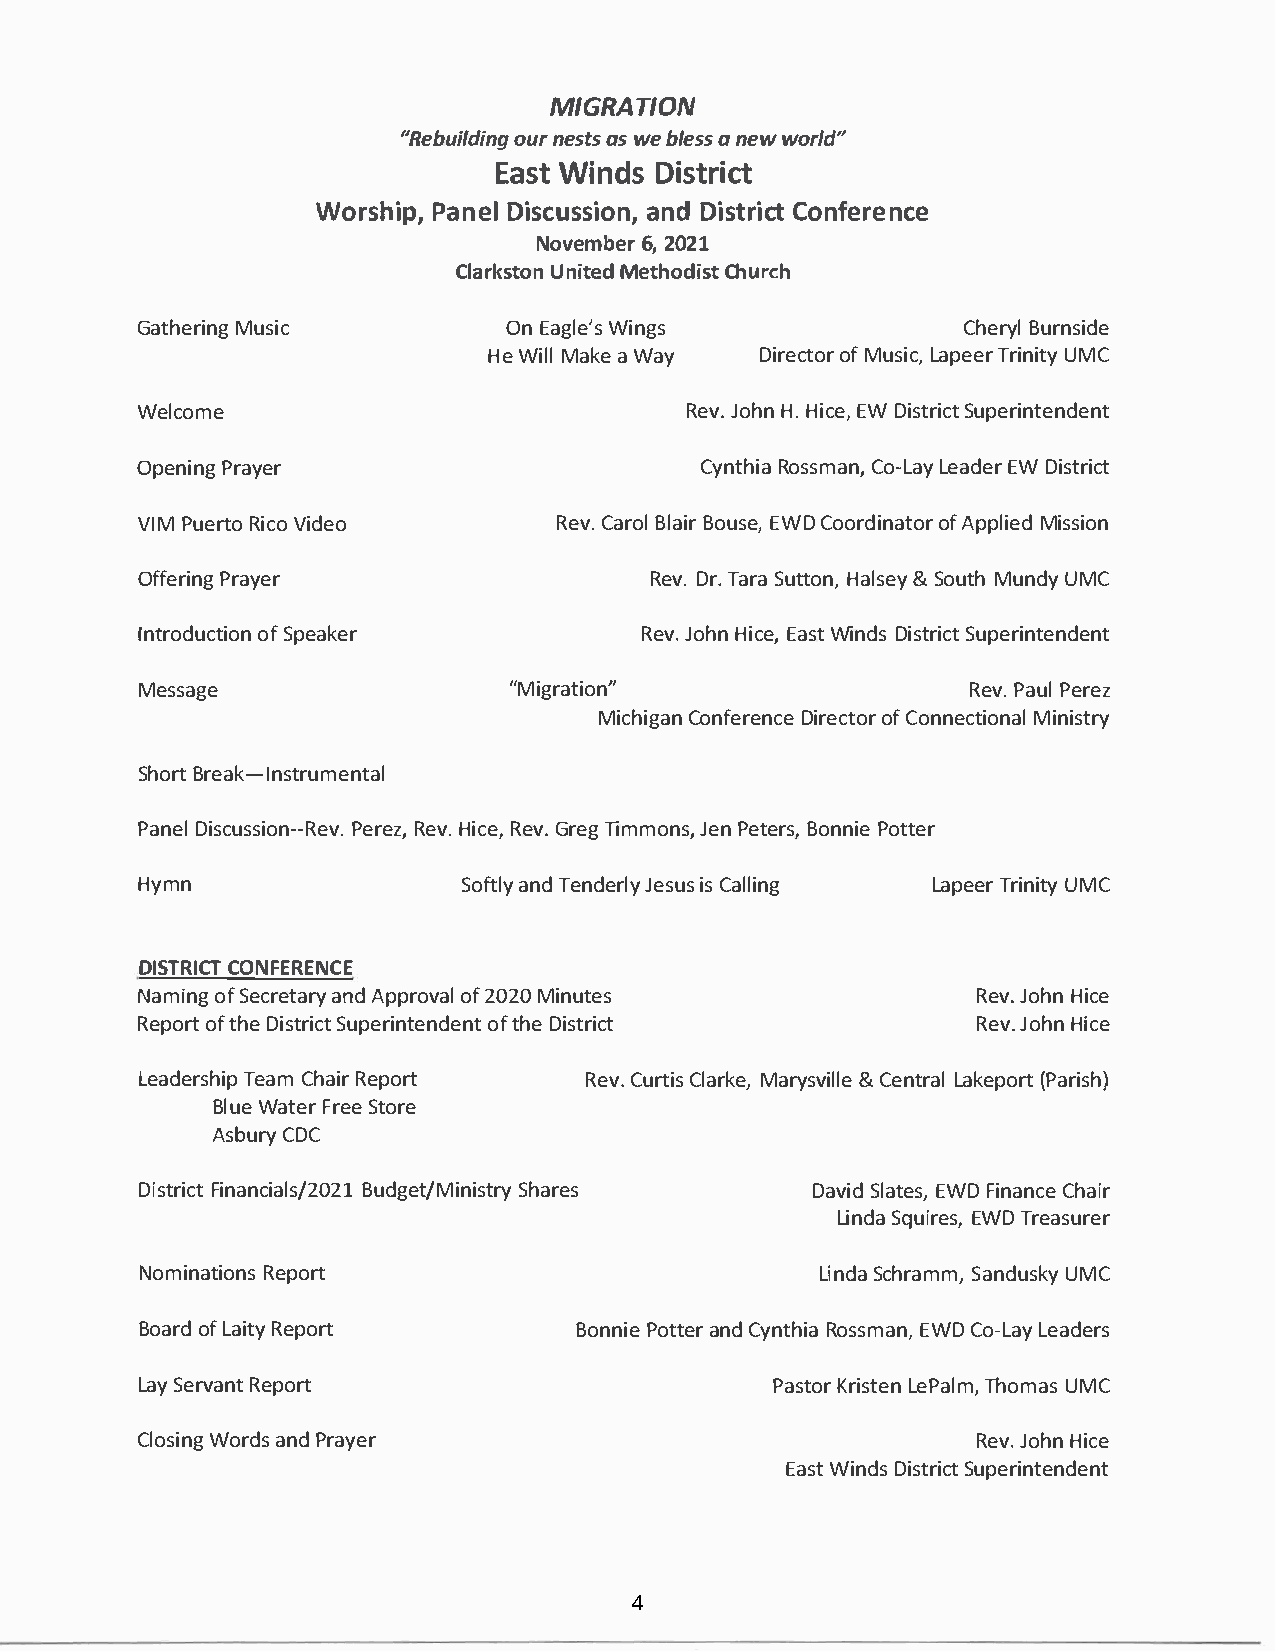
MIGRATION
 "Rebuoiulnrde isantgsws e b leasn se ww orld"
 EaWsitn   Ddiss  trict
 WorshPiapnD,ei ls cuasnsDdii osntC,ro incfte rence
 Novem6b2,e 0r2 1
 ClarkUsntiotMnee dt hoCdhiusrtc h
 GatheMruisnigc           OnE agWlien'gss               CheBruyrln side
 HeW iMlalk aeW ay DireocfMt uosrLi acp,Te reirUn MiCt y
 Welcome                             ReJvo.h Hn.H icEeWD, i stSruipcetr intendent
 OpenPirnagy er                       CyntRhoisas mCaon-,LL eaaydE eWDr i strict
 VIPMu eRritVcoio d eo       ReCva.r BollaB ioru EsWeD,C oordionfAa ptpolMrii esds ion
 OffePrrianyge r                   ReDv.rT .a rSau ttHoanl,&sS eoyu th UMMuCn dy
 IntrodoufSc pteiaokne r          ReJvo.h Hni cEea,Ws itn Ddiss tSruipcetr intendent
 Message                  "Migration"                   RePva.Pu elr ez
 MichCiognafne DriernecocefCt oonrn ectional Ministry
 ShoBrrte ak-Instrumental
 PanDeils cussPieornRe-ez-Hv,Ri. ec Rvee.,Gv .r eTgi momnJse,Pn e teBrosn,nP ioet ter
 Hymn                  SofatnlTdye ndJeersliuyCss a lling LapTereirn ity UMC
 DISTCROINCFTE RENCE
 NamionfSg e creatnAadpr pyr oof2v 0a2lM0 i nutes        ReJvo.h Hni ce
 Repoofrt thD ei stSruipcetr inotfte hnDedi esnttr ict   ReJvo.h Hni ce
 LeadeTresahCmih paR ierp ort  ReCvu.r Ctliasr ke, &MC aernytLsravakilel (plPoear rti sh)
 BlWuaet FerreS et ore
 AsbuCrDyC
 DistFriincatn cials/2021     Budget/MiniDsatvriyd    ESSWhlDFaa irtneeassn ,c e Chair
 LinSdqau iErWeDTs r,e asurer
 NominaRteipoonrst                            LinSdcah raSmamn,d uUsMkCy
 BoaorfLd a iRteyp ort        BonnPioetat neCdry ntRhoisas mEaWnDC, o -LLeaya ders
 LaSye rvRaenpto rt                        PasKtroirsL teePnaT lhmo,mU aMsC
 ClosWionrgad nsPd r ayer                                ReJvo.h Hni ce
 EaWsitn Ddiss tSruipcetr intendent
 4